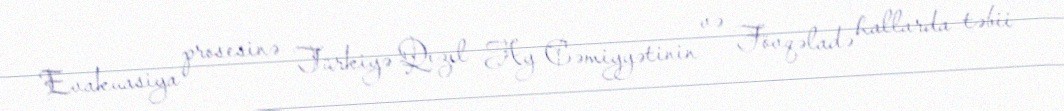
Evakuasiya prosesinə Türkiyə Qızıl Ay Cəmiyyətinin və Fövqəladə hallarda təbii